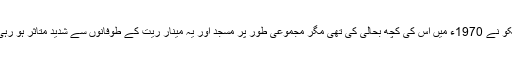
یونیسکو نے 1970ء میں اس کی کچھ بحالی کی تھی مگر مجموعی طور پر مسجد اور یہ مینار ریت کے طوفانوں سے شدید متاثر ہو رہی ہے۔